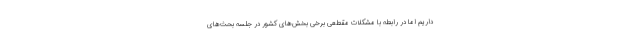
داریم اما در رابطه با مشکلات مقطعی برخی بخش‌های کشور در جلسه بحث‌های